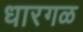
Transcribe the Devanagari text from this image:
धारगळ